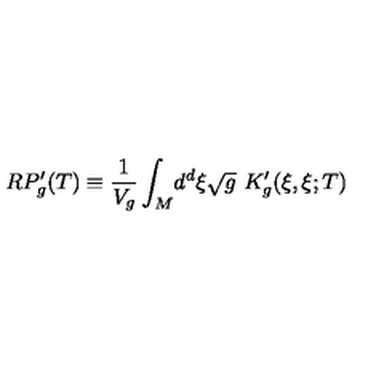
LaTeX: R P _ { g } ^ { \prime } ( T ) \equiv \frac { 1 } { V _ { g } } \int _ { M } \! d ^ { d } \xi \sqrt { g } \ K _ { g } ^ { \prime } ( \xi , \xi ; T )